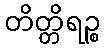
တိတ္တိရဉ္စ